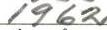
1962